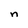
Character: n